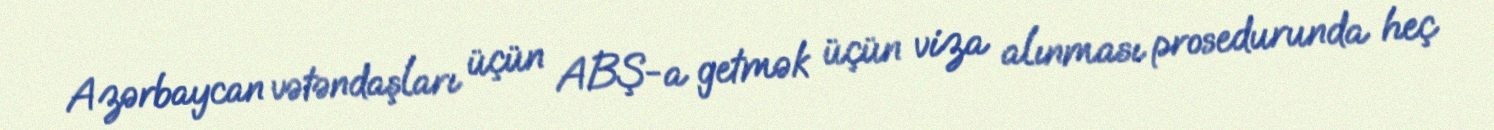
Azərbaycan vətəndaşları üçün ABŞ-a getmək üçün viza alınması prosedurunda heç